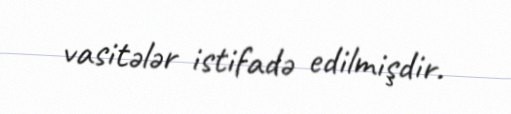
vasitələr istifadə edilmişdir.